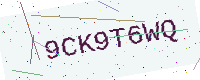
Text: 9CK9T6WQ